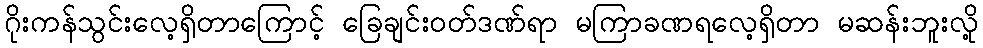
ဂိုးကန်သွင်းလေ့ရှိတာကြောင့် ခြေချင်းဝတ်ဒဏ်ရာ မကြာခဏရလေ့ရှိတာ မဆန်းဘူးလို့